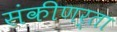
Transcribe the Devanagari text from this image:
संकीणर्ता